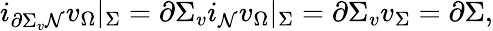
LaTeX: i_{\partial\Sigma_{v}\mathcal{N}}v_{\Omega}|_{\Sigma}=\partial\Sigma_{v}i_{\mathcal{N}}v_{\Omega}|_{\Sigma}=\partial\Sigma_{v}v_{\Sigma}=\partial\Sigma,